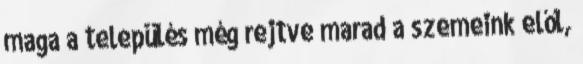
maga a település még rejtve marad a szemeink elől,